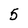
Character: 5